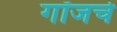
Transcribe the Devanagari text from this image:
गॉजचे